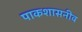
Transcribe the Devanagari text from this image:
पाकशासनीव